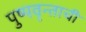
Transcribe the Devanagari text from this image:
पुष्पवृन्ताची